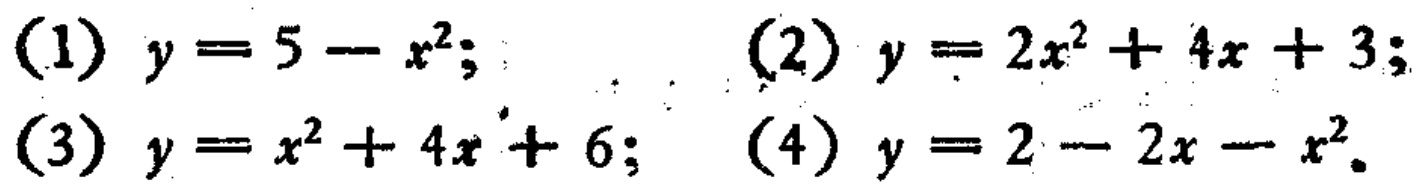
(1) \(y = 5 - x^{2}\); (2) \(y = 2x^{2}+4x + 3\); (3) \(y = x^{2}+4x + 6\); (4) \(y = 2 - 2x - x^{2}\).